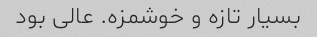
بسیار تازه و خوشمزه. عالی بود